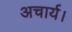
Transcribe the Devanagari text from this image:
अचार्य।